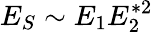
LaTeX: E_{S}\sim E_{1}E_{2}^{*2}